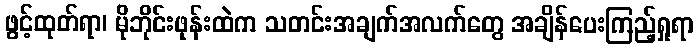
ဖွင့်ထုတ်ရာ၊ မိုဘိုင်းဖုန်းထဲက သတင်းအချက်အလက်တွေ အချိန်ပေးကြည့်ရှုရာ